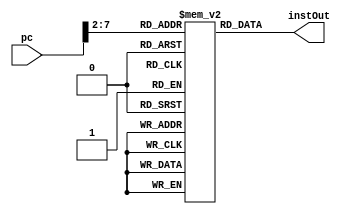
`timescale 1ns / 1ps
//////////////////////////////////////////////////////////////////////////////////
// Company: 
// Engineer: 
// 
// Design Name: 
// Module Name: Datapath
// Project Name: 
// Target Devices: 
// Tool Versions: 
// Description: 
// 
// Dependencies: 
// 
// Revision:
// Revision 0.01 - File Created
// Additional Comments:
// 
//////////////////////////////////////////////////////////////////////////////////

module InstructionMemory(
    input [31:0] pc,
    output reg [31:0] instOut
    );
       reg [31:0] memory [0:63]; //32x64
       
       initial begin
        memory[25] = {6'b100011, 5'b00001, 5'b00010, 5'b00000, 5'b00000, 6'b000000}; //lw $v0, 00($at)
        
        memory[26] = {6'b100011, 5'b00001, 5'b00011, 5'b00000, 5'b00000, 6'b000100}; //lw $v1, 04($at)
       end
    
    always @ (*)
        begin
            instOut = memory[pc[7:2]];
        end
endmodule